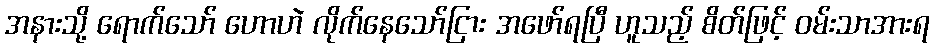
အနားသို့ ရောက်သော် ဟောဟဲ လိုက်နေသော်ငြား အဖော်ရပြီ ဟူသည့် စိတ်ဖြင့် ဝမ်းသာအားရ